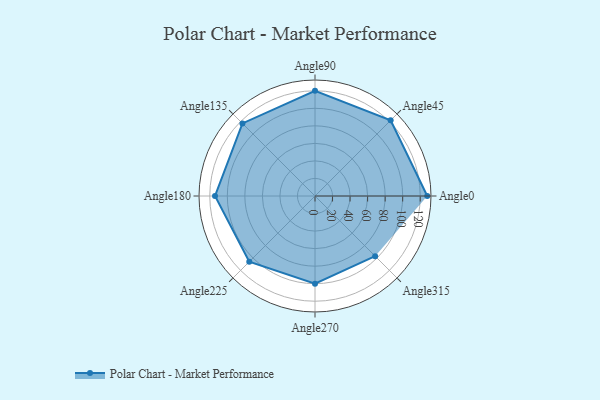
{"axis": {"x": "Angle", "y": "Radius"}, "legend": [""], "data": [{"x": "Angle0", "y": 128.0, "type": ""}, {"x": "Angle45", "y": 122.0, "type": ""}, {"x": "Angle90", "y": 120.0, "type": ""}, {"x": "Angle135", "y": 117.0, "type": ""}, {"x": "Angle180", "y": 114.0, "type": ""}, {"x": "Angle225", "y": 106.0, "type": ""}, {"x": "Angle270", "y": 100.0, "type": ""}, {"x": "Angle315", "y": 97.0, "type": ""}]}